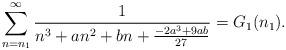
LaTeX: \begin{align*}\sum_{n=n_1}^{\infty}\frac{1}{n^3+an^2+bn +\frac{-2 a^3 + 9 a b}{27}}=G_1(n_1).\end{align*}